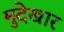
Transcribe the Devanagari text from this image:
मुदेखार